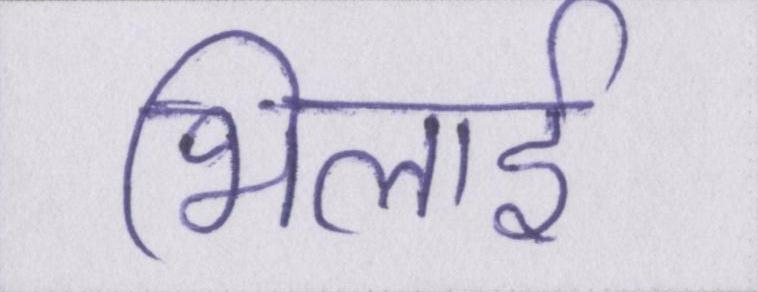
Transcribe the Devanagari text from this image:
भिलाई